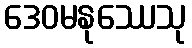
ဒေဝမနုဿေသု